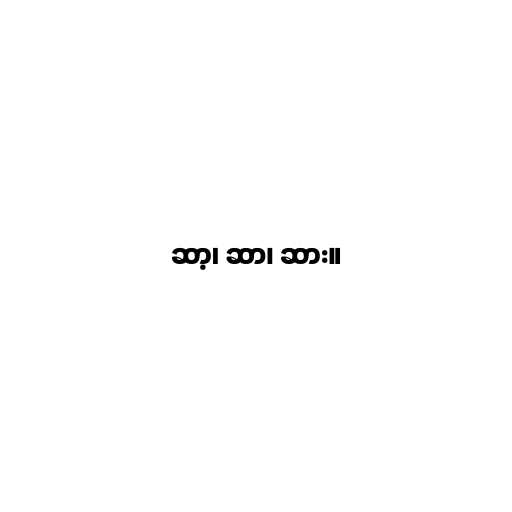
ဆာ့၊ ဆာ၊ ဆား။